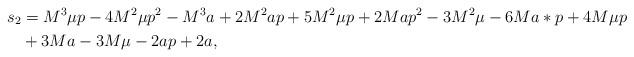
LaTeX: \begin{align*}s_2&= M^3\mu p-4 M^2\mu p^2-M^3 a+2 M^2 a p+5 M^2\mu p+2 M a p^2-3 M^2\mu-6 M a*p+4 M\mu p\\ & +3 M a-3 M\mu-2 a p+2 a,\end{align*}